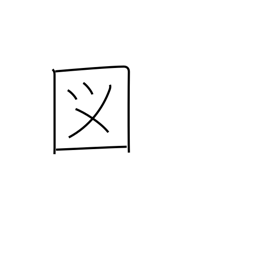
Meaning: extraordinary